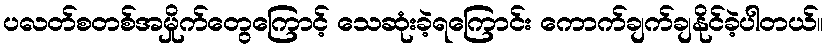
ပလတ်စတစ်အမှိုက်တွေကြောင့် သေဆုံးခဲ့ရကြောင်း ကောက်ချက်ချနိုင်ခဲ့ပါတယ်။